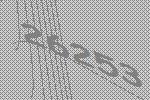
26253